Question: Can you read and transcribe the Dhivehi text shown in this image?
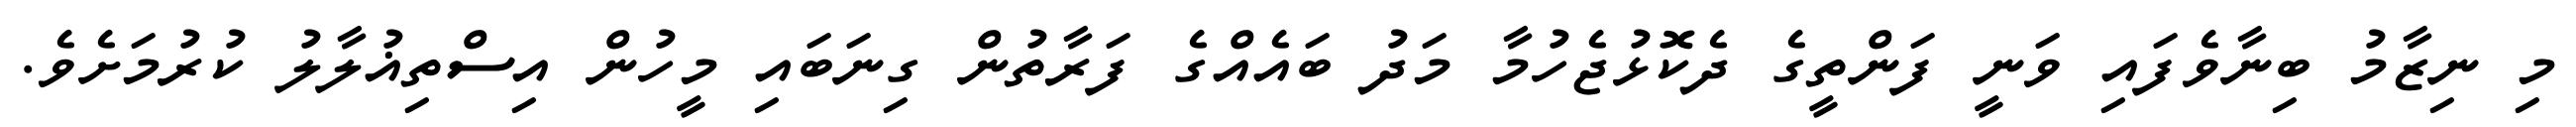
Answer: މި ނިޒާމު ބިނާވެފައި ވަނީ ފަންތީގެ ދެކޮޅުޖެހުމާ މަދު ބައެއްގެ ފަރާތުން ގިނަބައި މީހުން އިސްތިޣުލާލު ކުރުމަށެވެ.